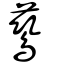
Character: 鶿